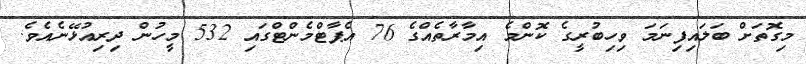
މިގޮތަށް ބަލައިފިނަމަ ވިހިބުރީގެ ކޮންމެ އިމާރާތެއްގެ 76 އެޕާޓްމެންޓްގައި 532 މީހުން ދިރިއުޅޭނެއެވެ.